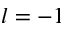
l = - 1